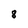
Character: 8